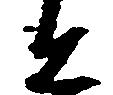
と